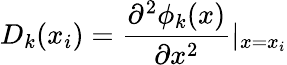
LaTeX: D_{k}(x_{i})=\frac{\partial^{2}\phi_{k}(x)}{\partial x^{2}}\vert_{x=x_{i}}